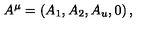
A ^ { \mu } = \left( A _ { 1 } , A _ { 2 } , A _ { u } , 0 \right) ,